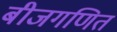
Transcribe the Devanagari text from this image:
बीजगणित